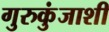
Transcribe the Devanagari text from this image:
गुरुकुंजाशी